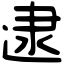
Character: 逮